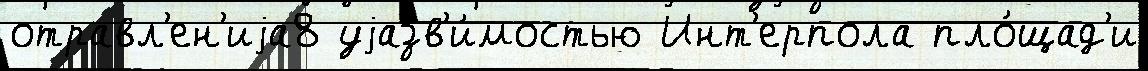
отравл'ен'иjа8 уjазв'и́мостью Инт'ерпола пло́щад'и